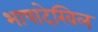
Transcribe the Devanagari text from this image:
भाषादेखिल